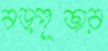
বড়পূজার